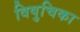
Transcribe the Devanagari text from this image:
विषुचिका